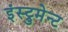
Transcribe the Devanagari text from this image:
इंस्ट्रुमेन्ट